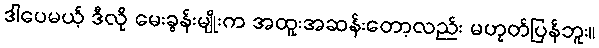
ဒါပေမယ့် ဒီလို မေးခွန်းမျိုးက အထူးအဆန်းတော့လည်း မဟုတ်ပြန်ဘူး။